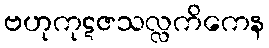
ဗဟုကုဋဇသလ္လကိကေန